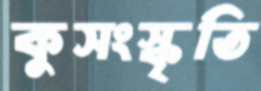
কুসংস্কৃতি